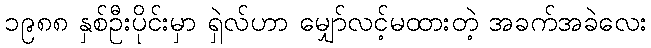
၁၉၈၈ နှစ်ဦးပိုင်းမှာ ရှဲလ်ဟာ မျှော်လင့်မထားတဲ့ အခက်အခဲလေး